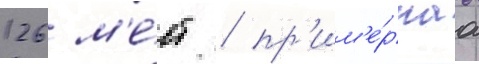
126 м'е́ст / пр'им'е́рнаа